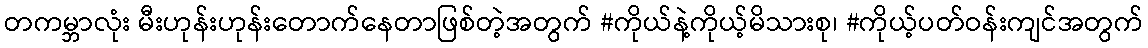
တကမ္ဘာလုံး မီးဟုန်းဟုန်းတောက်နေတာဖြစ်တဲ့အတွက် #ကိုယ်နဲ့ကိုယ့်မိသားစု၊ #ကိုယ့်ပတ်ဝန်းကျင်အတွက်